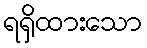
ရရှိထားသော